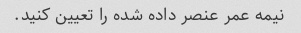
نیمه عمر عنصر داده شده را تعیین کنید.